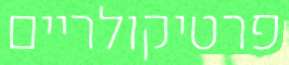
פרטיקולריים